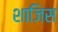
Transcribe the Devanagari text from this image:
शाजिस